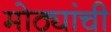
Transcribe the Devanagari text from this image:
मोठ्यांची